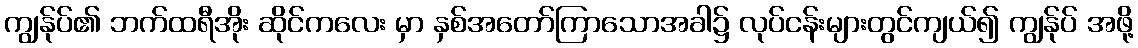
ကျွန်ုပ်၏ ဘက်ထရီအိုး ဆိုင်ကလေး မှာ နှစ်အတော်ကြာသောအခါ၌ လုပ်ငန်းများတွင်ကျယ်၍ ကျွန်ုပ် အဖို့